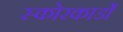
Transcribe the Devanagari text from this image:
स्कोरकार्डों